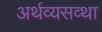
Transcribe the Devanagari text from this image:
अर्थव्यसव्था